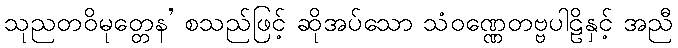
သုညတဝိမုတ္တေန’ စသည်ဖြင့် ဆိုအပ်သော သံဝဏ္ဏေတဗ္ဗပါဠိနှင့် အညီ